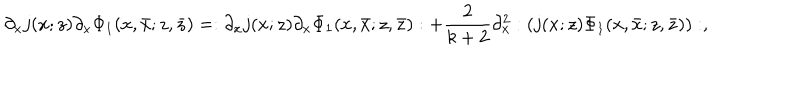
LaTeX: \partial _ { x } j ( x ; z ) \partial _ { x } \Phi _ { 1 } ( x , \bar { x } ; z , \bar { z } ) = : \partial _ { x } j ( x ; z ) \partial _ { x } \Phi _ { 1 } ( x , \bar { x } ; z , \bar { z } ) : + \frac { 2 } { k + 2 } \partial _ { x } ^ { 2 } : ( j ( x ; z ) \Phi _ { 1 } ( x , \bar { x } ; z , \bar { z } ) ) : ,